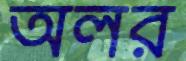
অলর